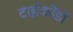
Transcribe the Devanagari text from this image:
टाईकोंडो